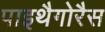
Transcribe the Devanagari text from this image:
पाइथैगोरैस